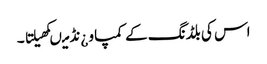
اس کی بلڈنگ کے کمپاو ¿نڈ میںکھیلتا ۔